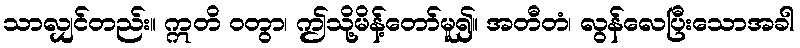
သာလျှင်တည်း။ ဣတိ ဝတွာ၊ ဤသို့မိန့်တော်မူ၍။ အတီတံ၊ လွန်လေပြီးသောအခါ